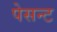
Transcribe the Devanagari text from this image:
पेसन्ट